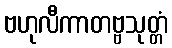
ဗဟုလီကာတဗ္ဗသုတ္တံ